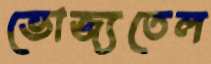
ভোজ্যতেল